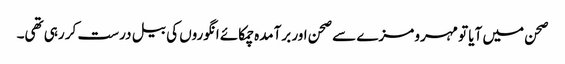
صحن میں آیا تو مہرو مزے سے صحن اور برآمدہ چمکائے انگوروں کی بیل درست کر رہی تھی۔